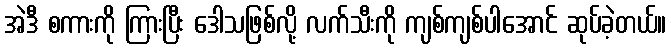
အဲဒီ စကားကို ကြားပြီး ဒေါသဖြစ်လို့ လက်သီးကို ကျစ်ကျစ်ပါအောင် ဆုပ်ခဲ့တယ်။